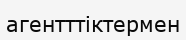
агентттіктермен